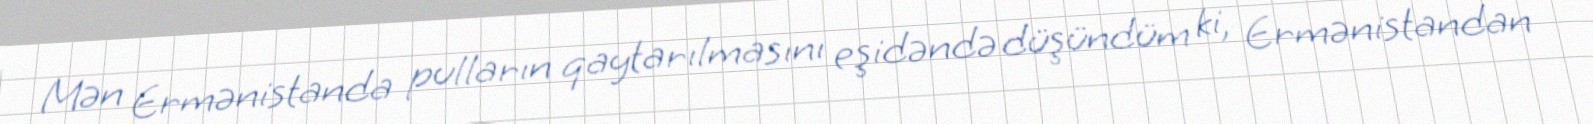
Mən Ermənistanda pulların qaytarılmasını eşidəndə düşündüm ki, Ermənistandan